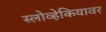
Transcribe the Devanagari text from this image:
स्लोव्हेकियावर